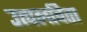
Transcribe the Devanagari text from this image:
उत्पलविता